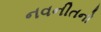
નવનીતનો